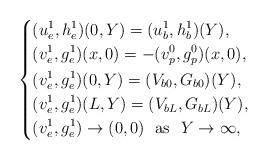
LaTeX: \begin{align*}\left \{\begin{aligned}&(u^1_e,h^1_e)(0,Y)=(u^1_b,h^1_b)(Y),\\&(v^1_e,g^1_e)(x,0)=-(v^0_p,g^0_p)(x,0),\\&(v^1_e,g^1_e)(0,Y)=(V_{b0},G_{b0})(Y),\\&(v^1_e,g^1_e)(L,Y)=(V_{bL},G_{bL})(Y),\\&(v^1_e,g^1_e) \to (0,0) \ \ \mathrm{as} \ \ Y\to \infty,\end{aligned}\right.\end{align*}